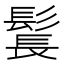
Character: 𩭨